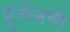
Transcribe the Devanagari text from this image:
हुसेनची